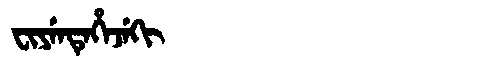
Manchu: ᠸᡳᠶᡝᠨᡨᡝᡥᡝᠵᡝᡴᡳ
Romanization: FIYENTEHEJEKI